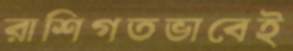
রাশিগতভাবেই